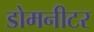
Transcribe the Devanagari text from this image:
डोमनीटर